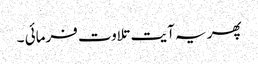
پھر یہ آیت تلاوت فرمائی ۔